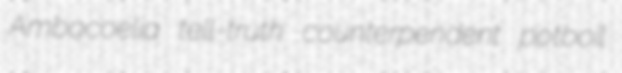
Ambocoelia tell-truth counterpendent potboil